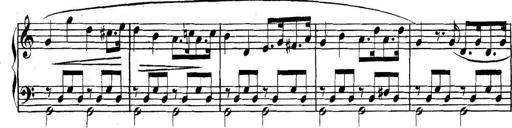
Title: Collected Piano Sonatas
Composer: Muzio Clementi